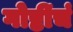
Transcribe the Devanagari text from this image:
गोष्टींचं